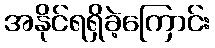
အနိုင်ရရှိခဲ့ကြောင်း